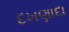
દખણાદા